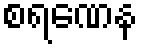
စရဏေန